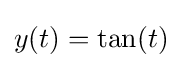
y(t)=\tan(t)